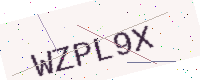
Text: WZPL9X